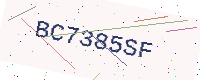
Text: BC7385SF